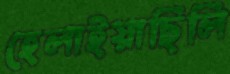
হেলাইয়াছিলি